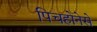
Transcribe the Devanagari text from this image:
पिचहोनेसे